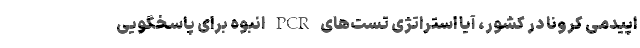
اپیدمی کرونا در کشور، آیا استراتژی تست‌های PCR انبوه برای پاسخگویی